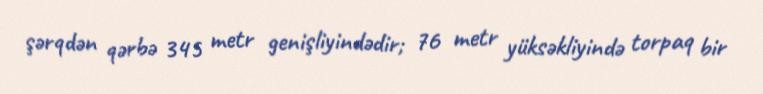
şərqdən qərbə 345 metr genişliyindədir; 76 metr yüksəkliyində torpaq bir